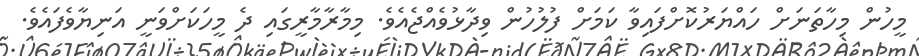
މީހުން މިހާތަނަށް ހައްޔަރުކޮށްފައިވާ ކަމަށް ފުލުހުން ވިދާޅުވެއްޖެއެވެ. މިމާރާމާރީގައި ދެ މީހަކަށްވަނީ އަނިޔާވެފައެވެ.